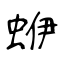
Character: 蛜